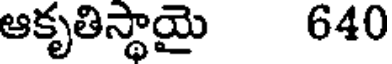
ఆకృతిస్థాయై 640